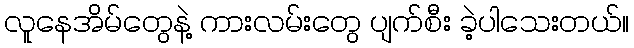
လူနေအိမ်တွေနဲ့ ကားလမ်းတွေ ပျက်စီး ခဲ့ပါသေးတယ်။